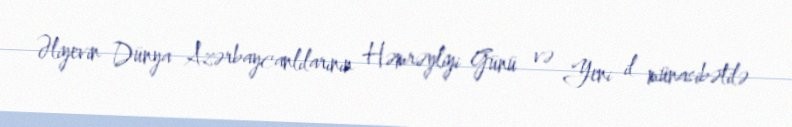
Əliyevin Dünya Azərbaycanlılarının Həmrəyliyi Günü və Yeni il münasibətilə